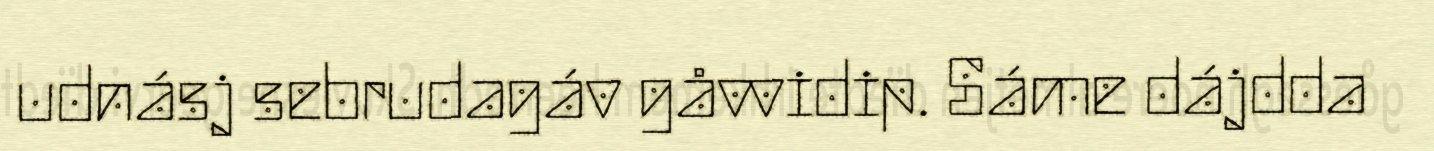
udnásj sebrudagáv gåvvidip. Sáme dájdda